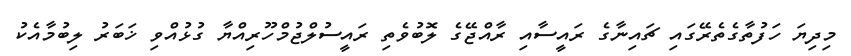
މިދިޔަ ހަފުތާގެތެރޭގައި ޗައިނާގެ ރައީސާއި ރާއްޖޭގެ ލޮބުވެތި ރައީސުލްޖުމްހޫރިއްޔާ ގުޅުއްވި ޚަބަރު ލިބުމާއެކު